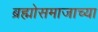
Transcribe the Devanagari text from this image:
ब्रह्मोसमाजाच्या